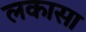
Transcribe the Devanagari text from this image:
लकासा